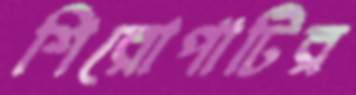
শিরোপাটির